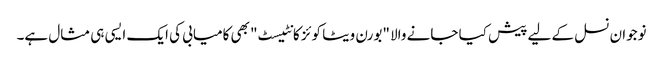
نوجوان نسل کے لیے پیش کیا جانے والا "بورن ویٹا کوئز کانٹیسٹ" بھی کامیابی کی ایک ایسی ہی مثال ہے۔